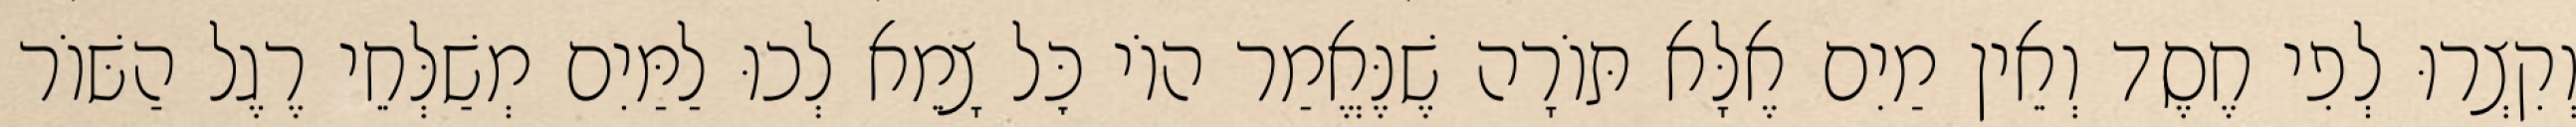
וְקִצְרוּ לְפִי חֶסֶד וְאֵין מַיִם אֶלָּא תּוֹרָה שֶׁנֶּאֱמַר הוֹי כׇּל צָמֵא לְכוּ לַמַּיִם מְשַׁלְּחֵי רֶגֶל הַשּׁוֹר